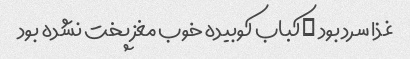
غذا سرد بود …کباب کوبیده خوب مغز پخت نشده بود